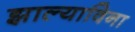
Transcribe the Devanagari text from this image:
झाल्याविना